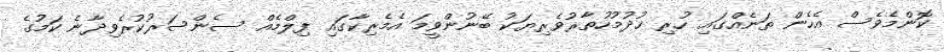
ކޮންމެވެސް އެހެން ތަނެއްގައި ހުރި ޚުދުމުހުތާރުވެރިޔަކު ބޭނުންވީމަ އެމެރިކާގައި ފިލްމެއް ސެންސަރުކުރެވިދާނެ ކަމުގެ